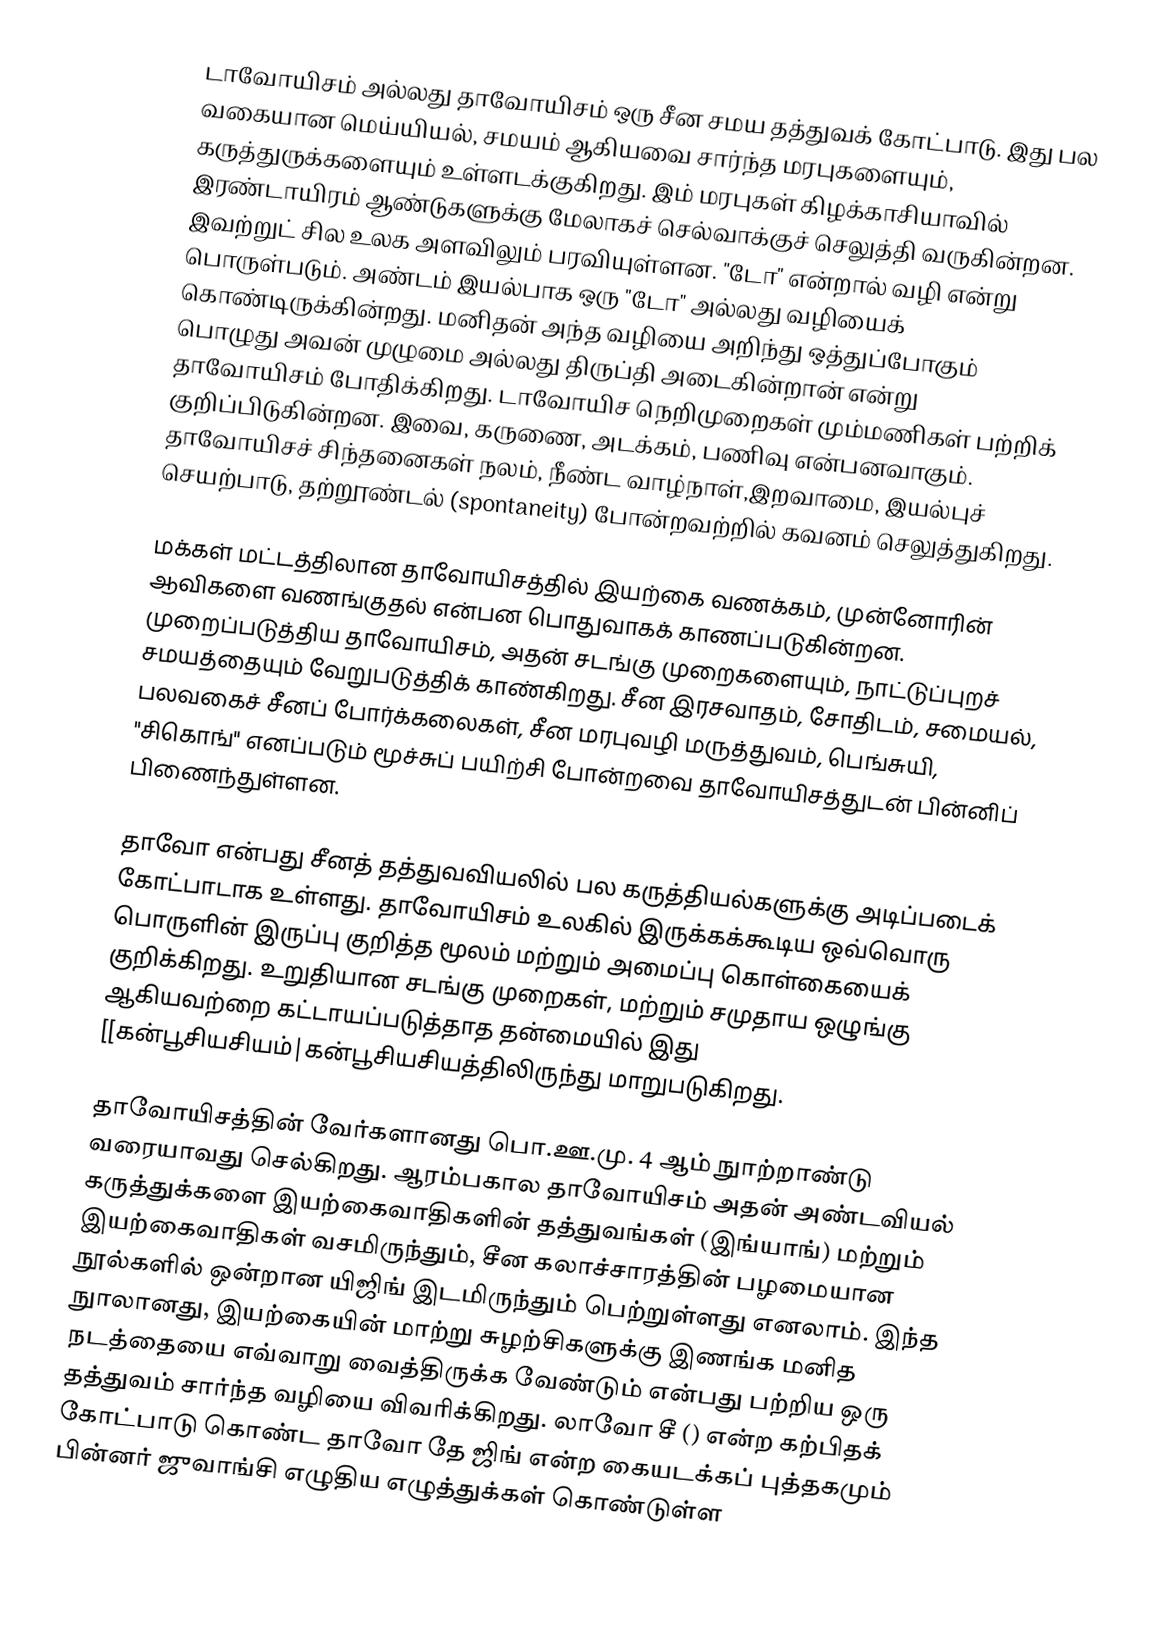
டாவோயிசம் அல்லது தாவோயிசம் ஒரு சீன சமய தத்துவக் கோட்பாடு. இது பல வகையான மெய்யியல், சமயம் ஆகியவை சார்ந்த மரபுகளையும், கருத்துருக்களையும் உள்ளடக்குகிறது. இம் மரபுகள் கிழக்காசியாவில் இரண்டாயிரம் ஆண்டுகளுக்கு மேலாகச் செல்வாக்குச் செலுத்தி வருகின்றன. இவற்றுட் சில உலக அளவிலும் பரவியுள்ளன. "டோ" என்றால் வழி என்று பொருள்படும். அண்டம் இயல்பாக ஒரு "டோ" அல்லது வழியைக் கொண்டிருக்கின்றது. மனிதன் அந்த வழியை அறிந்து ஒத்துப்போகும் பொழுது அவன் முழுமை அல்லது திருப்தி அடைகின்றான் என்று தாவோயிசம் போதிக்கிறது. டாவோயிச நெறிமுறைகள் மும்மணிகள் பற்றிக் குறிப்பிடுகின்றன. இவை, கருணை, அடக்கம், பணிவு என்பனவாகும். தாவோயிசச் சிந்தனைகள் நலம், நீண்ட வாழ்நாள்,இறவாமை, இயல்புச் செயற்பாடு, தற்றூண்டல் (spontaneity) போன்றவற்றில் கவனம் செலுத்துகிறது.

மக்கள் மட்டத்திலான தாவோயிசத்தில் இயற்கை வணக்கம், முன்னோரின் ஆவிகளை வணங்குதல் என்பன பொதுவாகக் காணப்படுகின்றன. முறைப்படுத்திய தாவோயிசம், அதன் சடங்கு முறைகளையும், நாட்டுப்புறச் சமயத்தையும் வேறுபடுத்திக் காண்கிறது. சீன இரசவாதம், சோதிடம், சமையல், பலவகைச் சீனப் போர்க்கலைகள், சீன மரபுவழி மருத்துவம், பெங்சுயி, "சிகொங்" எனப்படும் மூச்சுப் பயிற்சி போன்றவை தாவோயிசத்துடன் பின்னிப் பிணைந்துள்ளன.

தாவோ என்பது சீனத் தத்துவவியலில் பல கருத்தியல்களுக்கு அடிப்படைக் கோட்பாடாக உள்ளது. தாவோயிசம் உலகில் இருக்கக்கூடிய ஒவ்வொரு பொருளின் இருப்பு குறித்த மூலம் மற்றும் அமைப்பு கொள்கையைக் குறிக்கிறது. உறுதியான சடங்கு முறைகள், மற்றும் சமுதாய ஒழுங்கு ஆகியவற்றை கட்டாயப்படுத்தாத தன்மையில் இது [[கன்பூசியசியம்|கன்பூசியசியத்திலிருந்து மாறுபடுகிறது.

தாவோயிசத்தின் வேர்களானது பொ.ஊ.மு. 4 ஆம் நுாற்றாண்டு வரையாவது செல்கிறது. ஆரம்பகால தாவோயிசம் அதன் அண்டவியல் கருத்துக்களை இயற்கைவாதிகளின் தத்துவங்கள் (இங்யாங்) மற்றும் இயற்கைவாதிகள் வசமிருந்தும், சீன கலாச்சாரத்தின் பழமையான நூல்களில் ஒன்றான யிஜிங் இடமிருந்தும் பெற்றுள்ளது எனலாம். இந்த நுாலானது, இயற்கையின் மாற்று சுழற்சிகளுக்கு இணங்க மனித நடத்தையை எவ்வாறு வைத்திருக்க வேண்டும் என்பது பற்றிய ஒரு தத்துவம் சார்ந்த வழியை விவரிக்கிறது. லாவோ சீ () என்ற கற்பிதக் கோட்பாடு கொண்ட தாவோ தே ஜிங் என்ற கையடக்கப் புத்தகமும் பின்னர் ஜுவாங்சி எழுதிய எழுத்துக்கள் கொண்டுள்ள